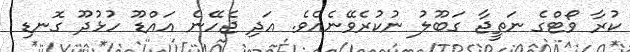
ކުރާ ވޯޓްގެ ނަތީޖާ ގަބޫލު ނުކުރެވޭނެއެވެ. އަދި ޖެހޭނެ އައްޑޫ ހުޅުދޫ ގޮނޑި